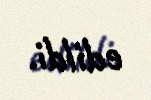
edildi.